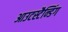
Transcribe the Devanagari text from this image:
आउटस्टैन्डिंग